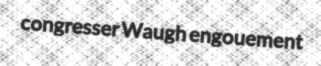
congresser Waugh engouement